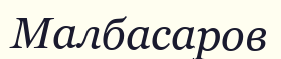
Малбасаров